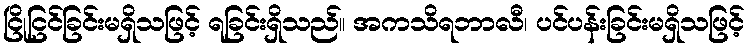
ငြိုငြင်ခြင်းမရှိသဖြင့် ရခြင်းရှိသည်။ အကသိရဘာလီ၊ ပင်ပန်းခြင်းမရှိသဖြင့်